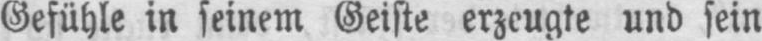
Gefühle in seinem Geiste erzeugte und sein